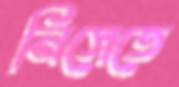
নিসেতে